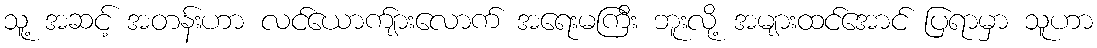
သူ့ အဆင့် အတန်းဟာ လင်ယောက်ျားလောက် အရေးမကြီး ဘူးလို့ အများထင်အောင် ပြရာမှာ သူဟာ